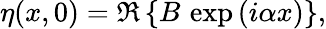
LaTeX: \eta(x,0)=\Re\left\{ B\, \exp\left(i\alpha x\right)\right\} ,